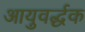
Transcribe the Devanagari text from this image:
आयुवर्द्धक